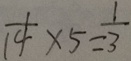
\frac { 1 } { 1 4 } \times 5 = \frac { 1 } { 3 }